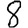
Digit: 8